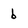
Character: b